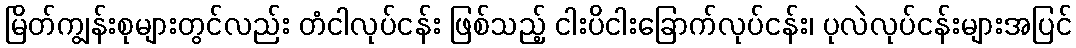
မြိတ်ကျွန်းစုများတွင်လည်း တံငါလုပ်ငန်း ဖြစ်သည့် ငါးပိငါးခြောက်လုပ်ငန်း၊ ပုလဲလုပ်ငန်းများအပြင်